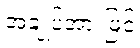
အချုပ်အားဖြင့်